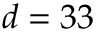
d = 3 3